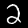
Label: 2